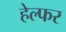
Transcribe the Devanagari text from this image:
हेल्फर